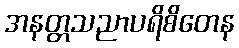
အနတ္တသညာပရိစိတေန